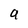
Character: a